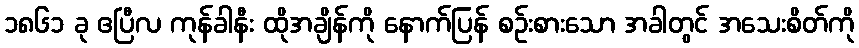
၁၈၆၁ ခု ဧပြီလ ကုန်ခါနီး ထိုအချိန်ကို နောက်ပြန် စဉ်းစားသော အခါတွင် အသေးစိတ်ကို